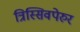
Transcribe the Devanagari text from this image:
त्रिस्सिवपेरुर